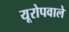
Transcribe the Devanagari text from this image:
यूरोपवाले